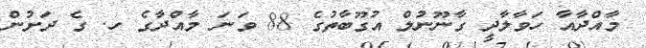
މާއްދާއާ ހަވާލާދީ ގާނޫނުލް އުގޫބާތުގެ 88 ވަނަ މާއްދާގެ ހ. ގެ ދަށުން